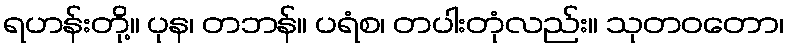
ရဟန်းတို့။ ပုန၊ တဘန်။ ပရံစ၊ တပါးတုံလည်း။ သုတဝတော၊